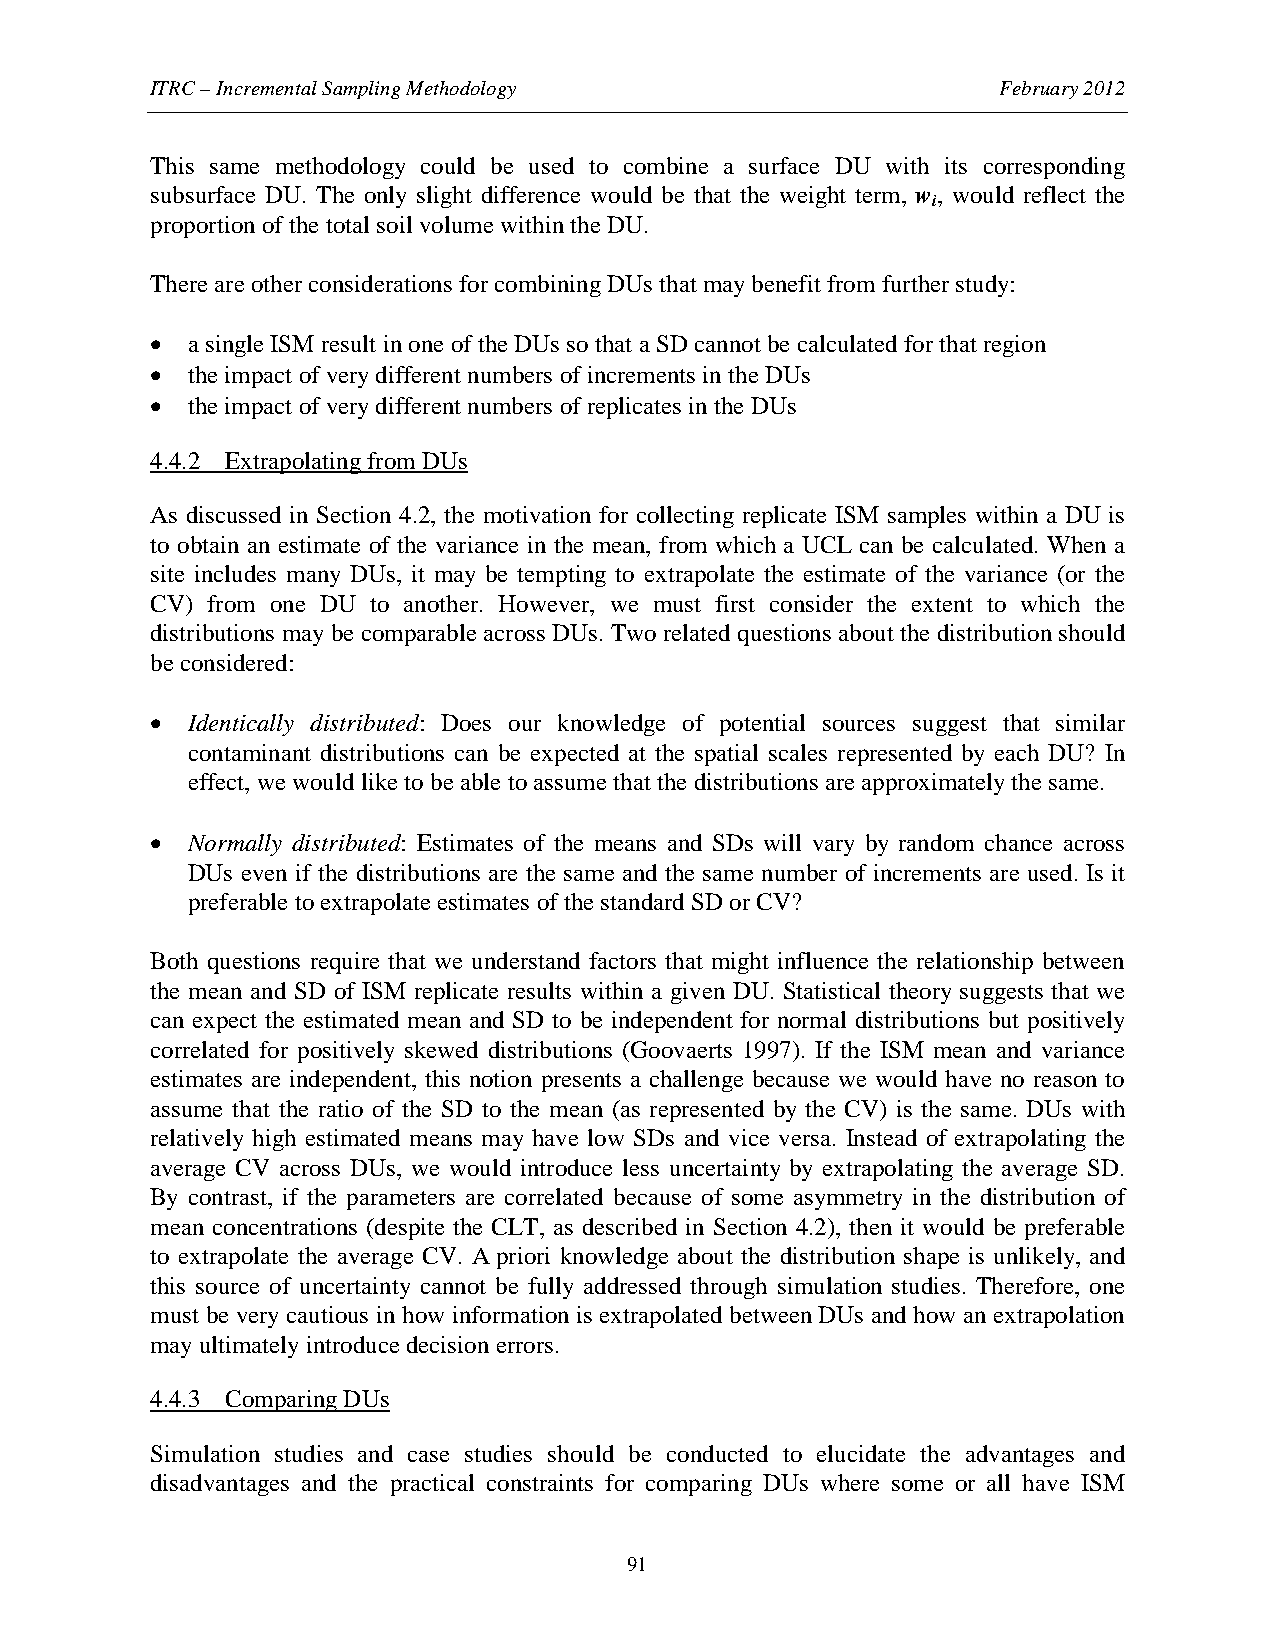
ITRC – Incremental Sampling Methodology                 February 2012
 This same methodology could be used to combine a surface DU with its corresponding
 subsurface DU. The only slight difference would be that the weight term, w, would reflect the
 i
 proportion of the total soil volume within the DU.
 There are other considerations for combining DUs that may benefit from further study:
 • a single ISM result in one of the DUs so that a SD cannot be calculated for that region
 • the impact of very different numbers of increments in the DUs
 • the impact of very different numbers of replicates in the DUs
 4.4.2 Extrapolating from DUs
 As discussed in Section 4.2, the motivation for collecting replicate ISM samples within a DU is
 to obtain an estimate of the variance in the mean, from which a UCL can be calculated. When a
 site includes many DUs, it may be tempting to extrapolate the estimate of the variance (or the
 CV) from one DU to another. However, we must first consider the extent to which the
 distributions may be comparable across DUs. Two related questions about the distribution should
 be considered:
 • Identically distributed: Does our knowledge of potential sources suggest that similar
 contaminant distributions can be expected at the spatial scales represented by each DU? In
 effect, we would like to be able to assume that the distributions are approximately the same.
 • Normally distributed: Estimates of the means and SDs will vary by random chance across
 DUs even if the distributions are the same and the same number of increments are used. Is it
 preferable to extrapolate estimates of the standard SD or CV?
 Both questions require that we understand factors that might influence the relationship between
 the mean and SD of ISM replicate results within a given DU. Statistical theory suggests that we
 can expect the estimated mean and SD to be independent for normal distributions but positively
 correlated for positively skewed distributions (Goovaerts 1997). If the ISM mean and variance
 estimates are independent, this notion presents a challenge because we would have no reason to
 assume that the ratio of the SD to the mean (as represented by the CV) is the same. DUs with
 relatively high estimated means may have low SDs and vice versa. Instead of extrapolating the
 average CV across DUs, we would introduce less uncertainty by extrapolating the average SD.
 By contrast, if the parameters are correlated because of some asymmetry in the distribution of
 mean concentrations (despite the CLT, as described in Section 4.2), then it would be preferable
 to extrapolate the average CV. A priori knowledge about the distribution shape is unlikely, and
 this source of uncertainty cannot be fully addressed through simulation studies. Therefore, one
 must be very cautious in how information is extrapolated between DUs and how an extrapolation
 may ultimately introduce decision errors.
 4.4.3 Comparing DUs
 Simulation studies and case studies should be conducted to elucidate the advantages and
 disadvantages and the practical constraints for comparing DUs where some or all have ISM
 91